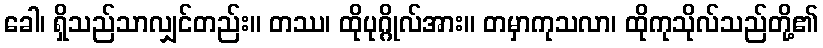
ခေါ၊ ရှိသည်သာလျှင်တည်း။ တဿ၊ ထိုပုဂ္ဂိုလ်အား။ တမှာကုသလာ၊ ထိုကုသိုလ်သည်တို့၏